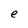
Character: e